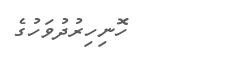
ހޮނިހިރުދުވަހުގެ